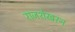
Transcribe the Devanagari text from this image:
राजशेखरन